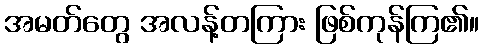
အမတ်တွေ အလန့်တကြား ဖြစ်ကုန်ကြ၏။